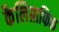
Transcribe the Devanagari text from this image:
कैलिग्राफिक